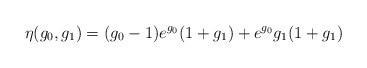
\begin{align*}\eta(g_0,g_1)=(g_0-1)e^{g_0}(1+g_1)+e^{g_0}g_1(1+g_1)\end{align*}